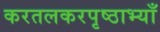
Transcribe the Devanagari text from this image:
करतलकरपृष्ठाभ्याँ